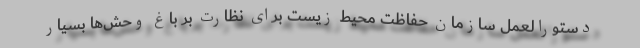
دستورالعمل سازمان حفاظت محیط زیست برای نظارت بر باغ ‌وحش‌ها بسیار